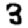
Digit: 3